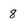
Character: 8